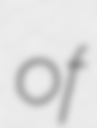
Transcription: of